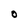
Character: 0